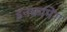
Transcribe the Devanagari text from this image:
इनकमिंग